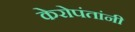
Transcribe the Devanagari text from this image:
केरोपंतांनी